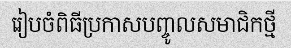
រៀបចំពិធីប្រកាសបញ្ចូលសមាជិកថ្មី